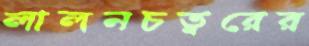
লালনচত্বরের